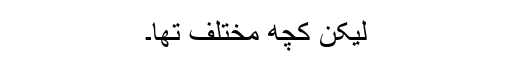
لیکن کچھ مختلف تھا۔